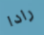
رادا